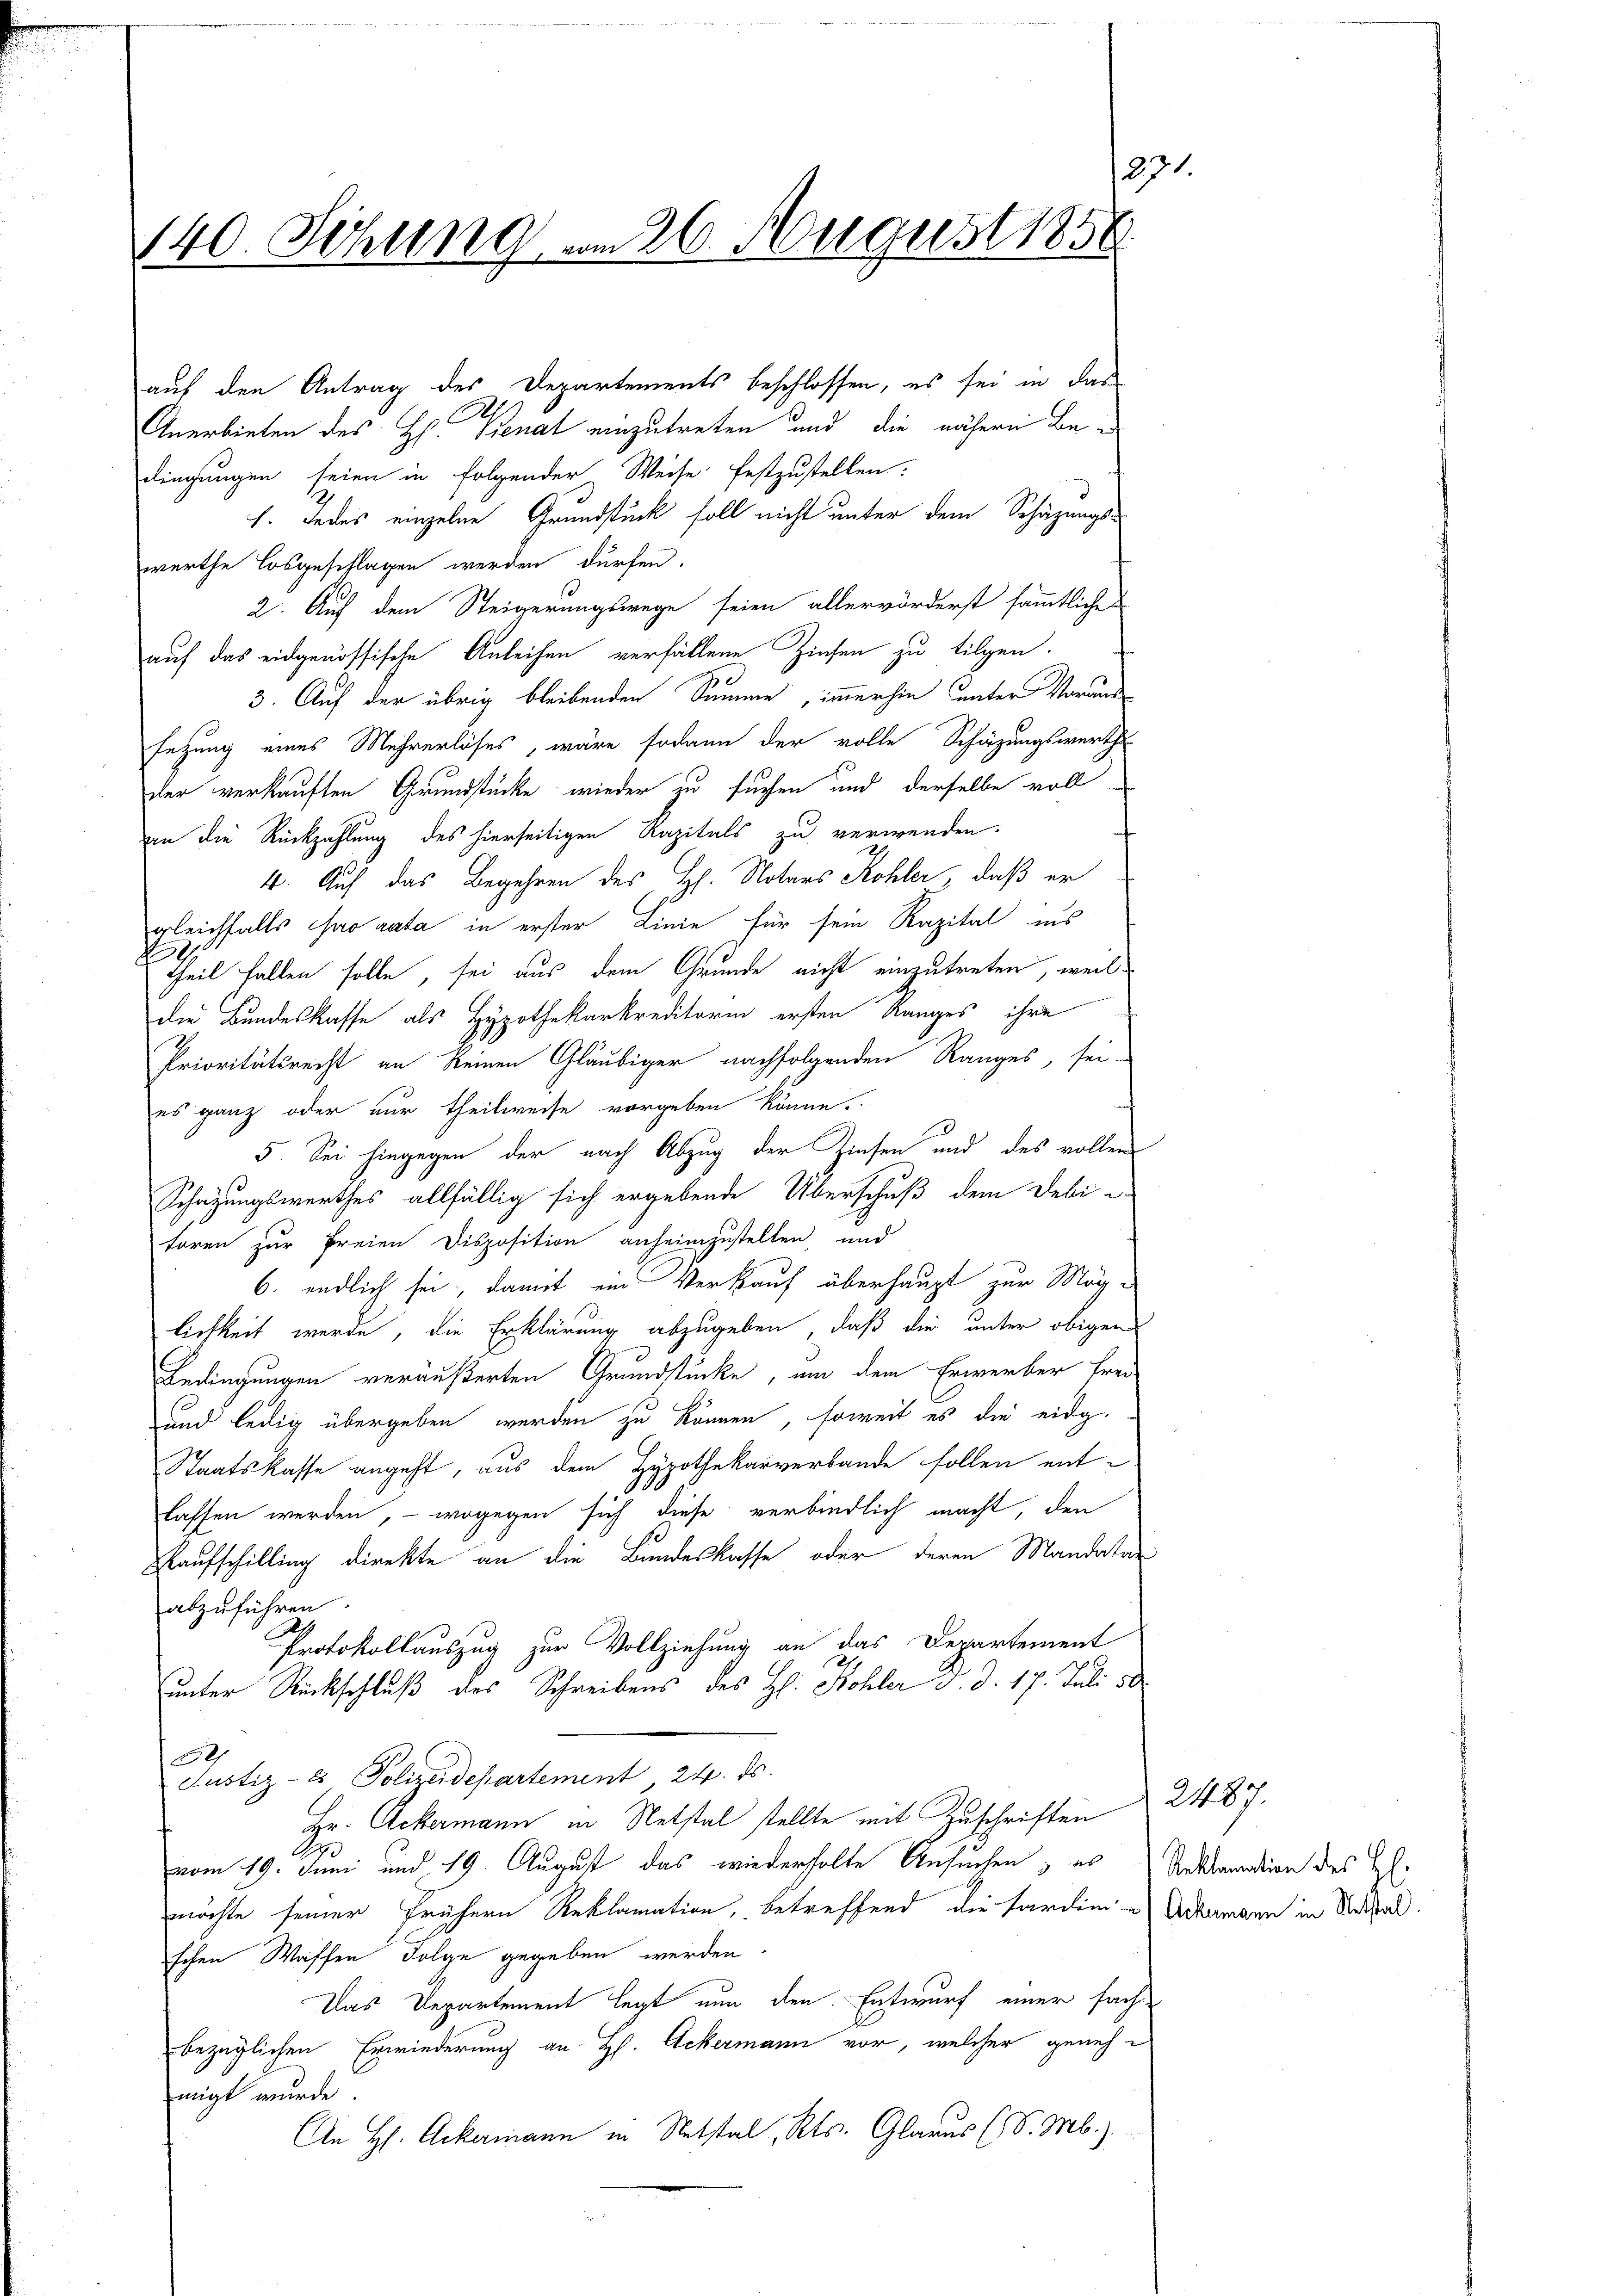
27.
140. Sitzung am 26. August 1858.

aus den Antrag des Departements beschlossen, es sei in das
C
Anerbieten des H. Senat einzutreten und die nähern Bedingungen seien in folgender Weise festzustellen:
h. Jedes einzelne Grundstück soll nicht unter dem Schäzungs-
werthe losgeschlagen werden dürfen.
2. Auf dem Steigerungswege seien allervörderst sämmtliche
auf das eidgenössische Anleihen verfällene Zinsen zu tilgen.
3. Auf der übrig bleibenden Summe, immerhin unter Voraussezung eines Mehrerlöses, wäre sodann der volle Schäzungswerth
der verkauften Grundstücke wieder zu suchen und derselbe voll-
an die Rückzahlung des hierseitigen Kapitals zu verwenden.
4. Auf das Begehren des H. Notars Kohler, daß er
gleichfalls so rata in erster Linie für sein Kapital ins
theil fallen solle, sei aus dem Grunde nicht einzutreten, weil
die Bundeskasse als Hypothekarkreditorin ersten Ranges ihre
Prioritätsrecht an Reinen Gläubiger nachfolgenden Ranges, sei-
es ganz oder nur theilweise vorgeben könne.
5. Sei hingegen der nach Abzug der Zinsen und des vollen
Schazungswerthes allfällig sich ergebende Überschuß dem Debi-
toren zur Freien Disposition anheimzustellen, und
6. endlich sei, damit ein Verkauf überhaupt zur Mög-
lichkeit werde, die Erklärung abzugeben, daß die unter obiger
Bedingungen veräußerten Grundstücke, um dem Erwerber frei¬
und ledig übergeben werden zu können, soweit es die eidg¬
Staatskasse angeht, aus dem Hypothekarverbande sollen entlassen werden, – wogegen sich diese verbindlich macht, den
Kaufschilling direkte an die Bundeskasse oder deren Mandatar
abzuführen.
Protokollauszug zur Vollziehung an das Departement
unter Rückschluß des Schreibens des Hl. Kohler d. d. 17. Juli 30.
Justiz- & Polizeidepartement 24. ds.
Hr. Ackermann in Netstel stellte mit Zuschriften
vom 19. Juni und 19. August das wiederholte Ansuchen, es Reklamation des H.
möchte seiner frühern Reklamation, betreffend die Forden Ackermann in Werthal.
schen Waffen Folge gegeben werden
Das Departement legt nun den Entwurf einer sachbezüglichen Erwiederung an H. Ackermann vor, welcher genehmigt wurde
An H. Ackermann in Notstal, Kts. Glarus (S. Mb.).

2487.